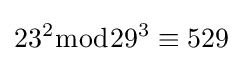
23^{2}{\bmod {29^{3}}}\equiv 529